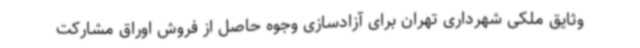
وثایق ملکی شهرداری تهران برای آزادسازی وجوه حاصل از فروش اوراق مشارکت